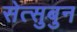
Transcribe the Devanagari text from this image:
सेत्सुबुन